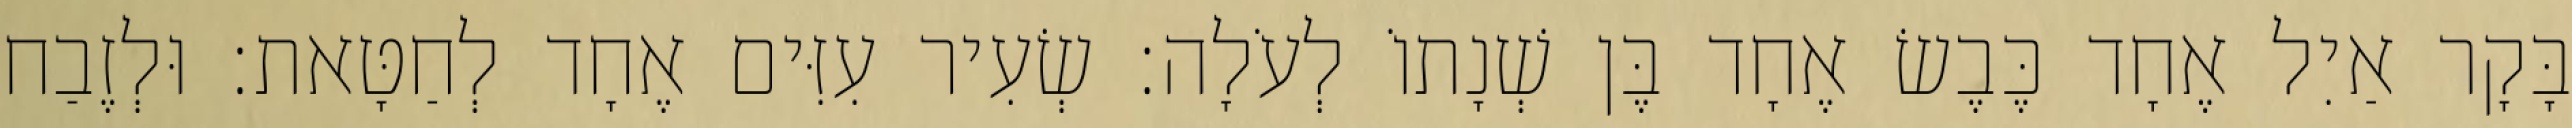
בָּקָר אַיִל אֶחָד כֶּבֶשׂ אֶחָד בֶּן שְׁנָתוֹ לְעֹלָה׃ שְׂעִיר עִזִּים אֶחָד לְחַטָּאת׃ וּלְזֶבַח